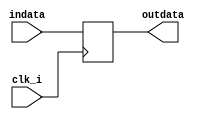
module pp(clk_i,indata, outdata);
input clk_i;
input indata;
output reg outdata;

always @(posedge clk_i)
begin
	outdata <= indata;
end
endmodule